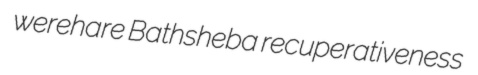
werehare Bathsheba recuperativeness